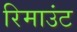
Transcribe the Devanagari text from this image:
रिमाउंट